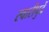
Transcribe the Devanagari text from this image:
स्वारीपुढें